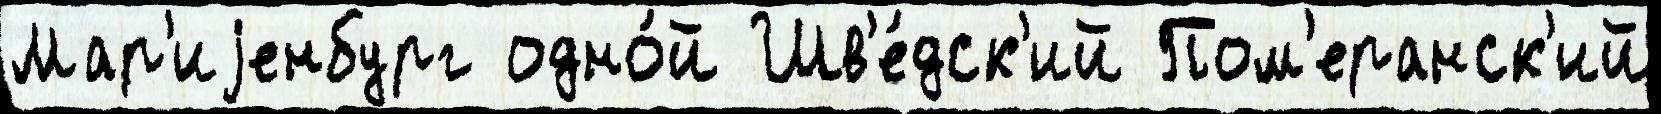
Мар'иjенбург одно́й Шв'е́дск'ий Пом'еранск'ий